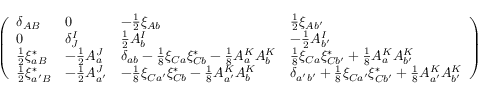
{ \left( \begin{array} { l l l l } { { { \delta _ { A B } } } } & { { 0 } } & { { { - { \frac { 1 } { 2 } } \xi _ { A b } } } } & { { { { \frac { 1 } { 2 } } \xi _ { A b ^ { \prime } } } } } \\ { { 0 } } & { { { \delta _ { J } ^ { I } } } } & { { { { \frac { 1 } { 2 } } A _ { b } ^ { I } } } } & { { { - { \frac { 1 } { 2 } } A _ { b ^ { \prime } } ^ { I } } } } \\ { { { { \frac { 1 } { 2 } } \xi _ { a B } ^ { * } } } } & { { { - { \frac { 1 } { 2 } } A _ { a } ^ { J } } } } & { { { \delta _ { a b } - { \frac { 1 } { 8 } } \xi _ { C a } \xi _ { C b } ^ { * } - { \frac { 1 } { 8 } } A _ { a } ^ { K } A _ { b } ^ { K } } } } & { { { \frac { 1 } { 8 } } { \xi _ { C a } \xi _ { C b ^ { \prime } } ^ { * } + { \frac { 1 } { 8 } } A _ { a } ^ { K } A _ { b ^ { \prime } } ^ { K } } } } \\ { { { { \frac { 1 } { 2 } } \xi _ { a ^ { \prime } B } ^ { * } } } } & { { { - { \frac { 1 } { 2 } } A _ { a ^ { \prime } } ^ { J } } } } & { { { - { \frac { 1 } { 8 } } \xi _ { C a ^ { \prime } } \xi _ { C b } ^ { * } - { \frac { 1 } { 8 } } A _ { a ^ { \prime } } ^ { K } A _ { b } ^ { K } } } } & { { { \delta _ { a ^ { \prime } b ^ { \prime } } + { \frac { 1 } { 8 } } \xi _ { C a ^ { \prime } } \xi _ { C b ^ { \prime } } ^ { * } + { \frac { 1 } { 8 } } A _ { a ^ { \prime } } ^ { K } A _ { b ^ { \prime } } ^ { K } } } } \end{array} \right) }